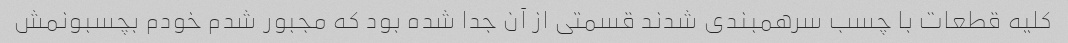
کلیه قطعات با چسب سرهمبندی شدند قسمتی از آن جدا شده بود که مجبور شدم خودم بچسبونمش